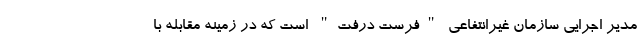
مدیر اجرایی سازمان غیرانتفاعی "فرست درفت" است که در زمینه مقابله با